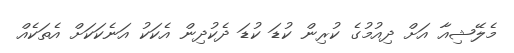
މެލޭޝިއާ އަށް ދިއުމުގެ ކުރިން ކުޑަ ކުޑަ ދެކުދިން އެކަކު އަނެކަކަށް އެތަކެއް